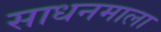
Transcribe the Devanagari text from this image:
साधनमाला